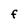
Character: F